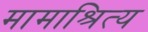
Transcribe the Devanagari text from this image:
मामाश्रित्य